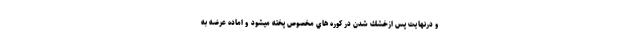
و درنهايت پس ازخشك شدن در كوره هاي مخصوص پخته میشود و اماده عرضه به